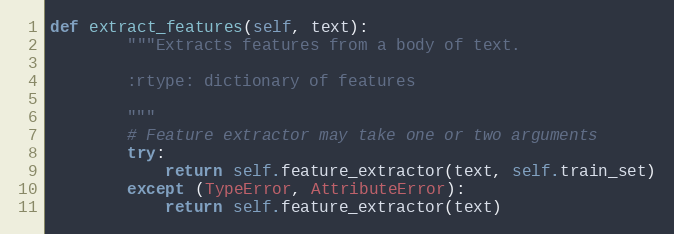
Language: Python
def extract_features(self, text):
        """Extracts features from a body of text.

        :rtype: dictionary of features

        """
        # Feature extractor may take one or two arguments
        try:
            return self.feature_extractor(text, self.train_set)
        except (TypeError, AttributeError):
            return self.feature_extractor(text)